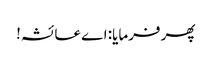
پھر فرمایا: اے عائشہ!